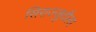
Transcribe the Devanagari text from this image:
सिराज्जुदौला